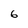
Character: 6